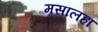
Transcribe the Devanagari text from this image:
मसालहा